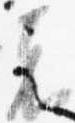
者